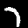
Digit: 7